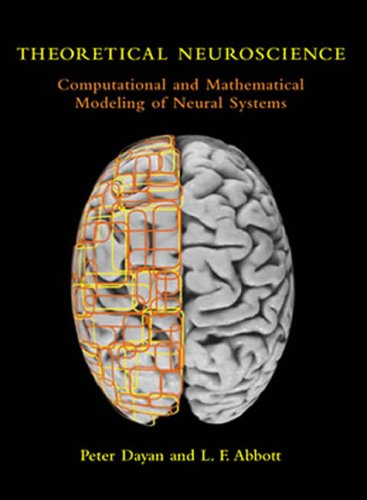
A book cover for Theoretical Neuroscience: Computational and Mathematical Modeling of Neural Systems (Computational Neuroscience); Peter Dayan; Politics & Social Sciences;